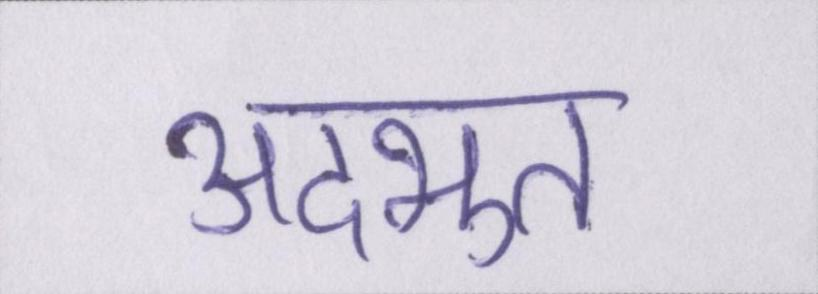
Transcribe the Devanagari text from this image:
अदभुत